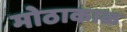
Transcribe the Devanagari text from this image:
मोठाकाळ